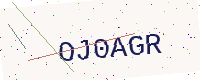
Text: OJ0AGR